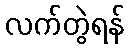
လက်တွဲရန်